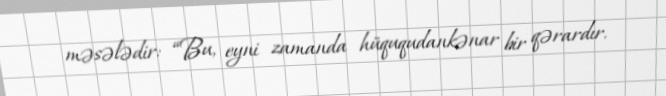
məsələdir: “Bu, eyni zamanda hüququdankənar bir qərardır.